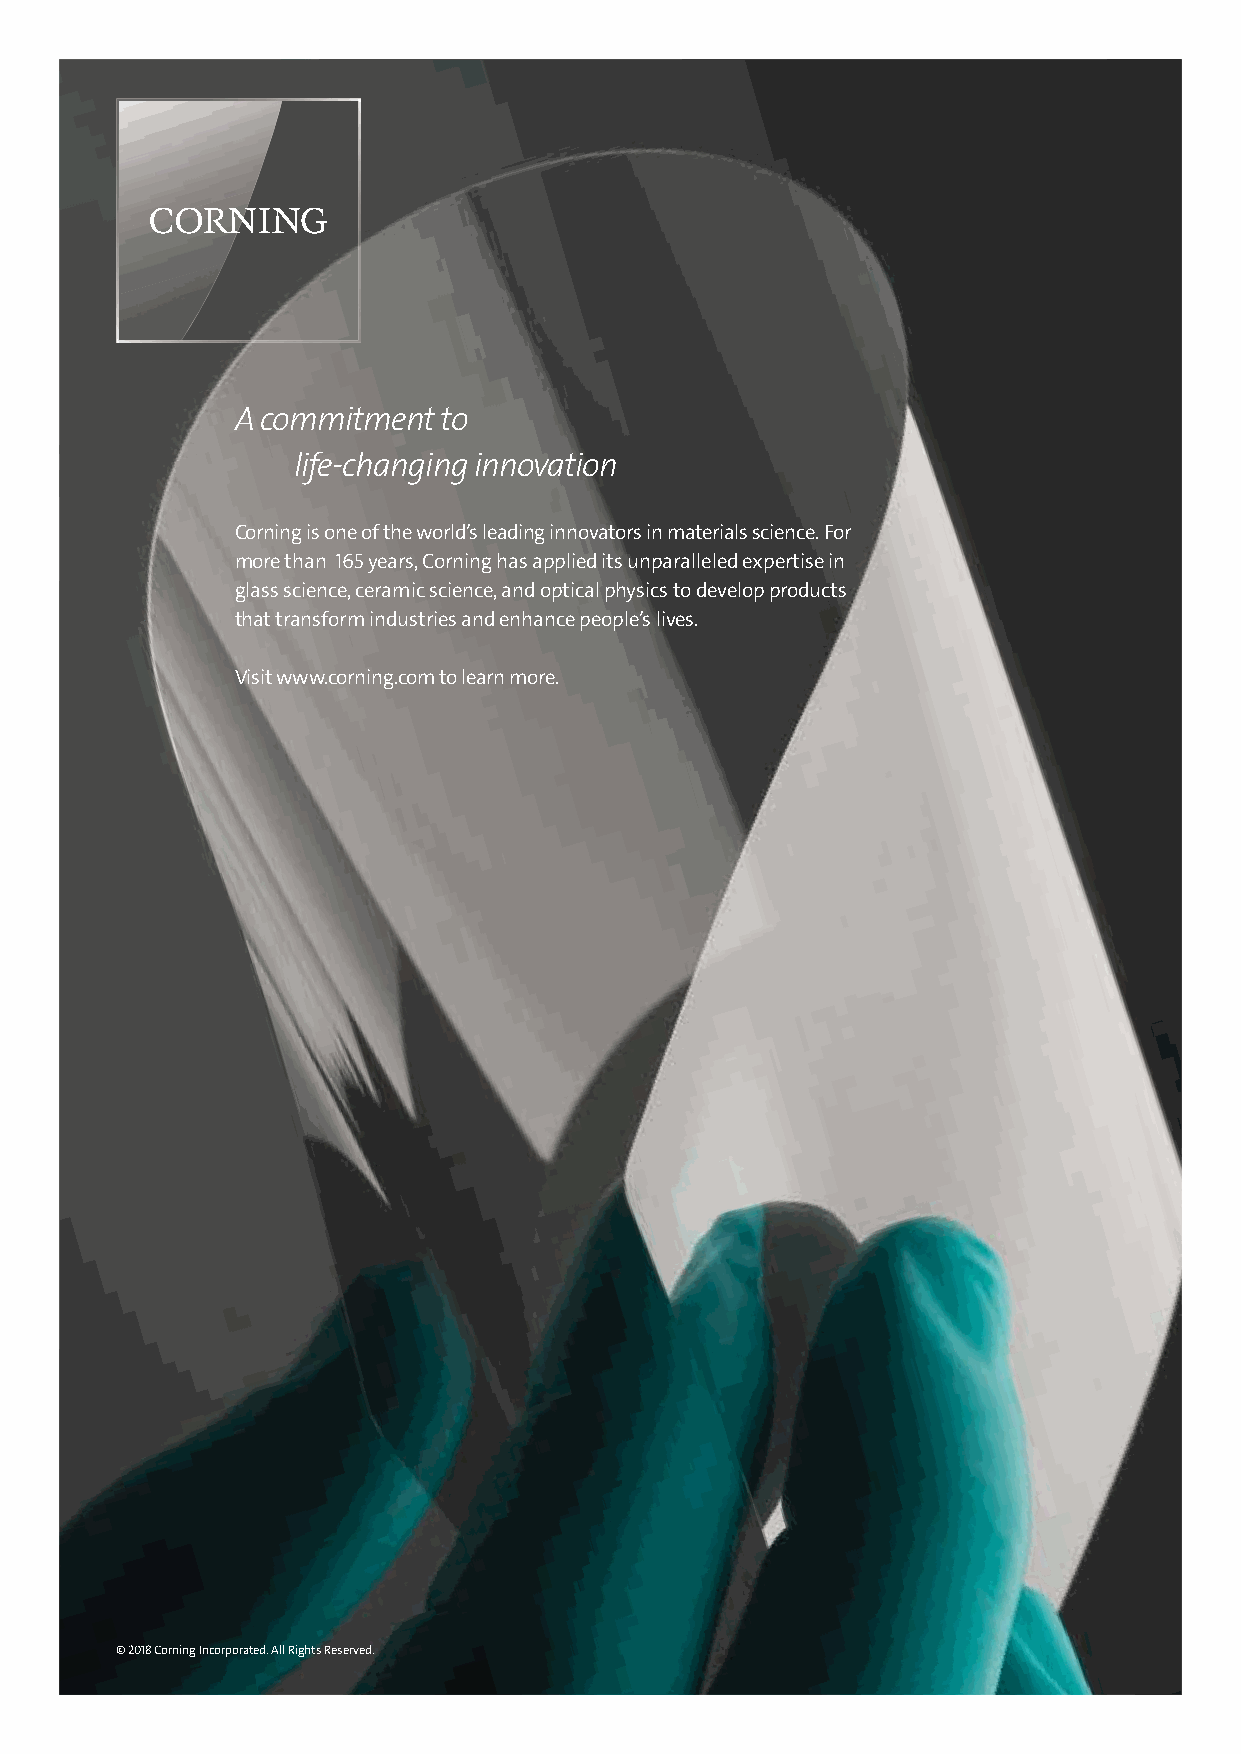
A commitment to
 life-changing innovation
 Corning is one of the world’s leading innovators in materials science. For
 more than 165 years, Corning has applied its unparalleled expertise in
 glass science, ceramic science, and optical physics to develop products
 that transform industries and enhance people’s lives.
 Visit www.corning.com to learn more.
 © 2018 Corning Incorporated. All Rights Reserved.